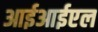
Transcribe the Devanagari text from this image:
आईआईएल